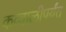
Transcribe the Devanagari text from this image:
कव्वालीपर्यंत